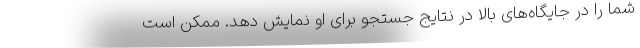
شما را در جایگاه‌های بالا در نتایج جستجو برای او نمایش دهد. ممکن است